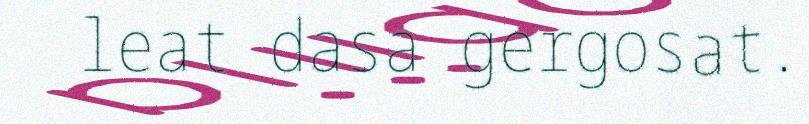
leat dasa gergosat.